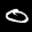
Label: 0